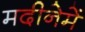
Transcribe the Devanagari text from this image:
मदीनेमें